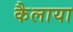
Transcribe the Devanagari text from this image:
कैलाया